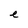
Character: e